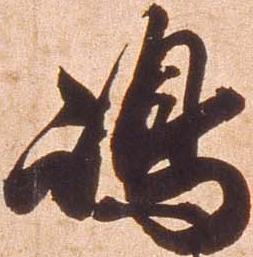
嶋